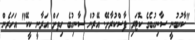
"ކާކުބުނީ ސާނިހުބެގެ ކޮޓަރި ފާސްކުރާށޭ. އޭރުން ސާނިހުބެ ހިތަށް އަރާނީ ކީކޭ" އަހަރެން